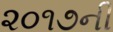
૨૦૧૭ની